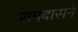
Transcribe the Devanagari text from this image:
रामदासने